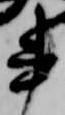
書